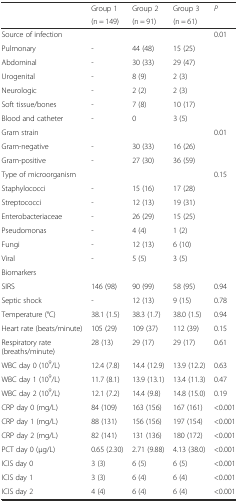
<table><thead><tr><td></td><td><b>Group 1</b></td><td><b>Group 2</b></td><td><b>Group 3</b></td><td><b><i>P</i></b></td></tr><tr><td></td><td><b>(n = 149)</b></td><td><b>(n = 91)</b></td><td><b>(n = 61)</b></td><td></td></tr></thead><tbody><tr><td>Source of infection</td><td></td><td></td><td></td><td>0.01</td></tr><tr><td>Pulmonary</td><td>-</td><td>44 (48)</td><td>15 (25)</td><td></td></tr><tr><td>Abdominal</td><td>-</td><td>30 (33)</td><td>29 (47)</td><td></td></tr><tr><td>Urogenital</td><td>-</td><td>8 (9)</td><td>2 (3)</td><td></td></tr><tr><td>Neurologic</td><td>-</td><td>2 (2)</td><td>2 (3)</td><td></td></tr><tr><td>Soft tissue/bones</td><td>-</td><td>7 (8)</td><td>10 (17)</td><td></td></tr><tr><td>Blood and catheter</td><td>-</td><td>0</td><td>3 (5)</td><td></td></tr><tr><td>Gram strain</td><td></td><td></td><td></td><td>0.01</td></tr><tr><td>Gram-negative</td><td>-</td><td>30 (33)</td><td>16 (26)</td><td></td></tr><tr><td>Gram-positive</td><td>-</td><td>27 (30)</td><td>36 (59)</td><td></td></tr><tr><td>Type of microorganism</td><td></td><td></td><td></td><td>0.15</td></tr><tr><td>Staphylococci</td><td>-</td><td>15 (16)</td><td>17 (28)</td><td></td></tr><tr><td>Streptococci</td><td>-</td><td>12 (13)</td><td>19 (31)</td><td></td></tr><tr><td>Enterobacteriaceae</td><td>-</td><td>26 (29)</td><td>15 (25)</td><td></td></tr><tr><td>Pseudomonas</td><td>-</td><td>4 (4)</td><td>1 (2)</td><td></td></tr><tr><td>Fungi</td><td>-</td><td>12 (13)</td><td>6 (10)</td><td></td></tr><tr><td>Viral</td><td>-</td><td>5 (5)</td><td>3 (5)</td><td></td></tr><tr><td>Biomarkers</td><td></td><td></td><td></td><td></td></tr><tr><td>SIRS</td><td>146 (98)</td><td>90 (99)</td><td>58 (95)</td><td>0.94</td></tr><tr><td>Septic shock</td><td>-</td><td>12 (13)</td><td>9 (15)</td><td>0.78</td></tr><tr><td>Temperature (°C)</td><td>38.1 (1.5)</td><td>38.3 (1.7)</td><td>38.0 (1.5)</td><td>0.94</td></tr><tr><td>Heart rate (beats/minute)</td><td>105 (29)</td><td>109 (37)</td><td>112 (39)</td><td>0.15</td></tr><tr><td>Respiratory rate (breaths/minute)</td><td>28 (13)</td><td>29 (17)</td><td>29 (17)</td><td>0.61</td></tr><tr><td>WBC day 0 (10<sup>9</sup>/L)</td><td>12.4 (7.8)</td><td>14.4 (12.9)</td><td>13.9 (12.2)</td><td>0.63</td></tr><tr><td>WBC day 1 (10<sup>9</sup>/L)</td><td>11.7 (8.1)</td><td>13.9 (13.1)</td><td>13.4 (11.3)</td><td>0.47</td></tr><tr><td>WBC day 2 (10<sup>9</sup>/L)</td><td>12.1 (7.2)</td><td>14.4 (9.8)</td><td>14.8 (15.0)</td><td>0.19</td></tr><tr><td>CRP day 0 (mg/L)</td><td>84 (109)</td><td>163 (156)</td><td>167 (161)</td><td>&lt;0.001</td></tr><tr><td>CRP day 1 (mg/L)</td><td>88 (131)</td><td>156 (156)</td><td>197 (154)</td><td>&lt;0.001</td></tr><tr><td>CRP day 2 (mg/L)</td><td>82 (141)</td><td>131 (136)</td><td>180 (172)</td><td>&lt;0.001</td></tr><tr><td>PCT day 0 (μg/L)</td><td>0.65 (2.30)</td><td>2.71 (9.88)</td><td>4.13 (38.0)</td><td>&lt;0.001</td></tr><tr><td>ICIS day 0</td><td>3 (3)</td><td>6 (5)</td><td>6 (5)</td><td>&lt;0.001</td></tr><tr><td>ICIS day 1</td><td>3 (3)</td><td>6 (4)</td><td>6 (4)</td><td>&lt;0.001</td></tr><tr><td>ICIS day 2</td><td>4 (4)</td><td>6 (4)</td><td>6 (4)</td><td>&lt;0.001</td></tr></tbody></table>